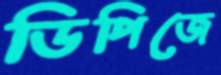
ডিপিজে